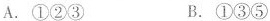
A.①②③ B.①③⑤